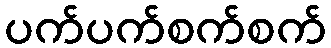
ပက်ပက်စက်စက်